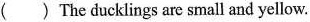
( ) The ducklings are small and yellow.